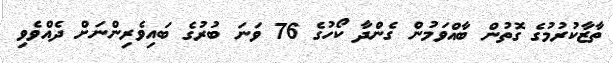
ތާޒާކުރުމުގެ ގޮތުން ބާއްވަމުން ގެންދާ ކޯހުގެ 76 ވަނަ ބުރުގެ ބައިވެރިންނަށް ދެއްވެވި